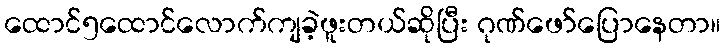
ထောင်၅ထောင်လောက်ကျခဲ့ဖူးတယ်ဆိုပြီး ဂုဏ်ဖော်ပြောနေတာ။